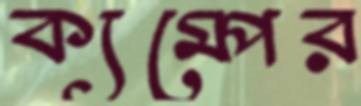
ক্যম্পের